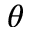
\theta